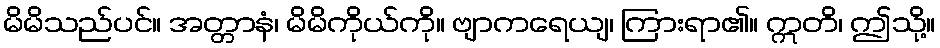
မိမိသည်ပင်။ အတ္တာနံ၊ မိမိကိုယ်ကို။ ဗျာကရေယျ၊ ကြားရာ၏။ ဣတိ၊ ဤသို့။